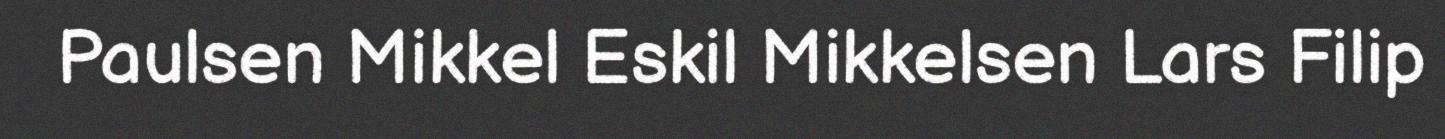
Paulsen Mikkel Eskil Mikkelsen Lars Filip